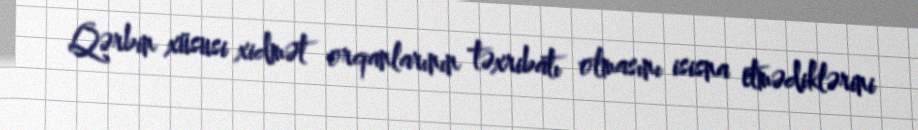
Qərbin xüsusi xidmət orqanlarının təxribatı olmasını isisna etmədiklərini